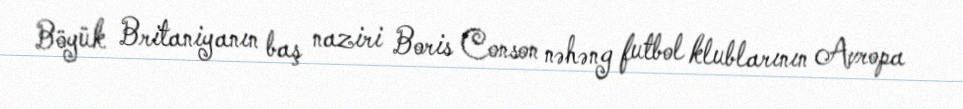
Böyük Britaniyanın baş naziri Boris Conson nəhəng futbol klublarının Avropa